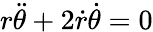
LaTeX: r{\ddot{\theta}}+2{\dot{r}}{\dot{\theta}}=0